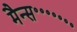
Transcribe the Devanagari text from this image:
मैन्स॰॰॰॰॰॰॰